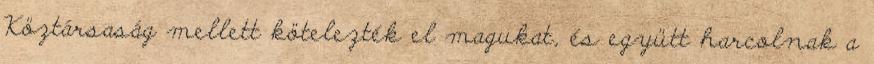
Köztársaság mellett kötelezték el magukat, és együtt harcolnak a